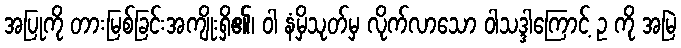
အပြုကို တားမြစ်ခြင်းအကျိုးရှိ၏၊ ဝါ နံမှိသုတ်မှ လိုက်လာသော ဝါသဒ္ဒါကြောင့် ဥ ကို အမြဲ